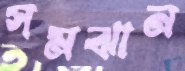
সমঝান